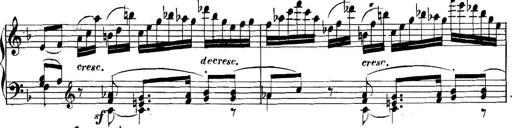
Title: Collected Piano Sonatas
Composer: Muzio Clementi